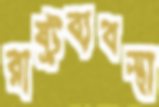
রাষ্ট্রব্যবস্থা